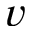
v